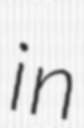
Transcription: in